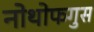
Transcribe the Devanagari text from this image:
नोथोफगुस